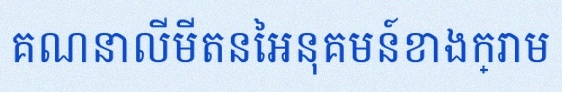
គណនាលីមីតនៃអនុគមន៍ខាងក្រោម